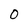
Character: 0